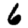
Digit: 6